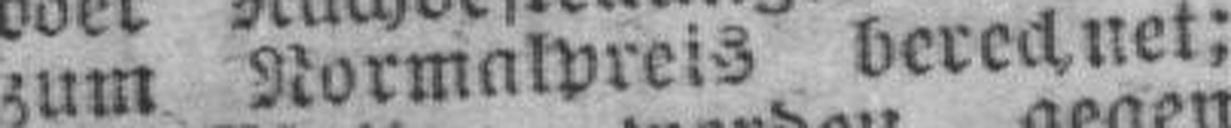
zum Normalpreis berechnet;